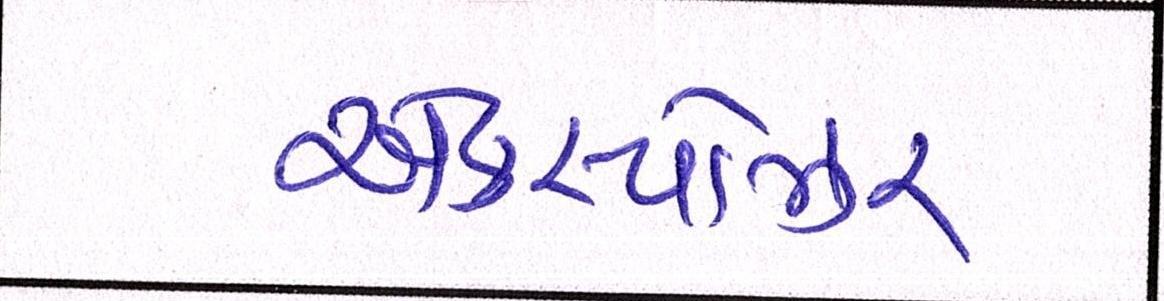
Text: એક્સ્પોઝર